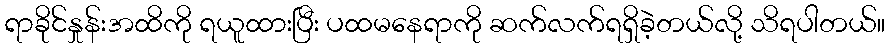
ရာခိုင်နှုန်းအထိကို ရယူထားပြီး ပထမနေရာကို ဆက်လက်ရရှိခဲ့တယ်လို့ သိရပါတယ်။